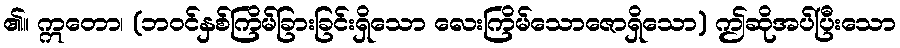
၏။ ဣတော၊ (ဘဝင်နှစ်ကြိမ်ခြားခြင်းရှိသော လေးကြိမ်သောဇောရှိသော) ဤဆိုအပ်ပြီးသော